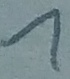
Text: 1